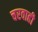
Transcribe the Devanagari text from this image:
चरवाही